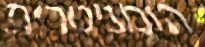
הומניטרית